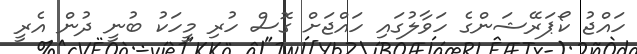
ހައްޖު ކޯޕަރޭޝަންގެ ހަވާލުގައި ހައްޖަށް ގޮސް ހުރި މީހަކު ބުނީ ދުން އެރީ